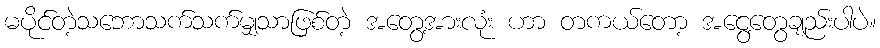
မပိုင်တဲ့သဘောသက်သက်မျှသာဖြစ်တဲ့ အတွေ့အားလုံး ဟာ တကယ်တော့ အငွေ့တွေချည်းပါပဲ။